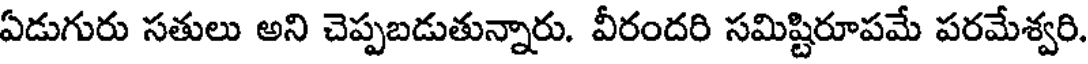
ఏడుగురు సతులు అని చెప్పబడుతున్నారు. వీరందరి సమిష్టిరూపమే పరమేశ్వరి